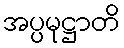
အပ္ပမုဋ္ဌာတိ